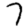
Digit: 7